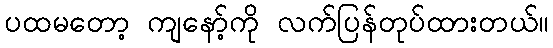
ပထမတော့ ကျနော့်ကို လက်ပြန်တုပ်ထားတယ်။